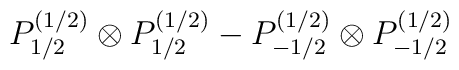
P^{(1/2)}_{1/2}\otimes P^{(1/2)}_{1/2} - P^{(1/2)}_{-1/2}\otimes P^{(1/2)}_{-1/2}